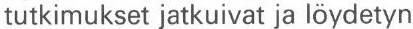
tutkimukset jatkuivat ja löydetyn